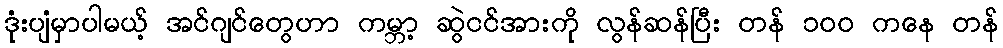
ဒုံးပျံမှာပါမယ့် အင်ဂျင်တွေဟာ ကမ္ဘာ့ ဆွဲငင်အားကို လွန်ဆန်ပြီး တန် ၁၀၀ ကနေ တန်